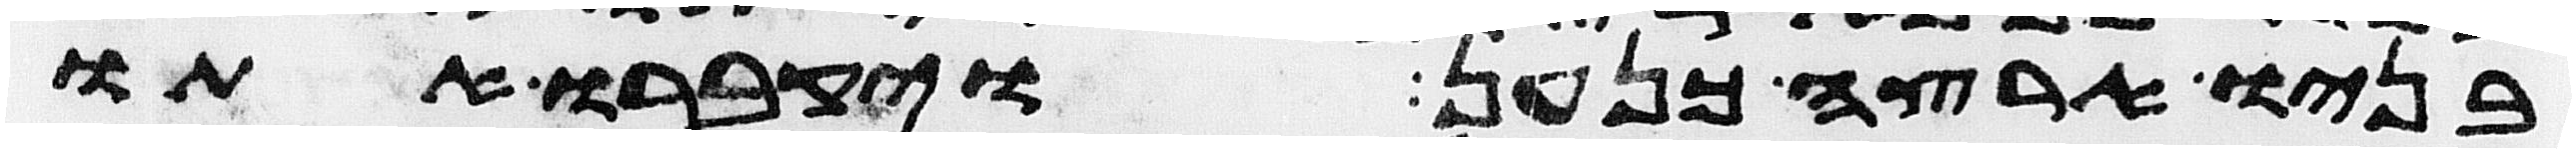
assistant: בניו ארצה כנען ויקברו אתו